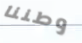
وطننا